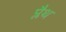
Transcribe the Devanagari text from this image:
प्लैथ